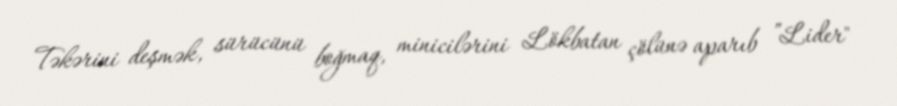
Təkərini deşmək, sürücünü boğmaq, minicilərini Lökbatan çölünə aparıb ”Lider"